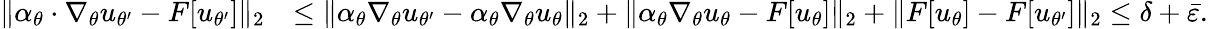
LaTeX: \begin{array}{rl}{\| \alpha_{\theta}\cdot\nabla_{\theta}u_{\theta^{\prime}}-F[u_{\theta^{\prime}}]\| _{2}}&{\leq\| \alpha_{\theta}\nabla_{\theta}u_{\theta^{\prime}}-\alpha_{\theta}\nabla_{\theta}u_{\theta}\| _{2}+\| \alpha_{\theta}\nabla_{\theta}u_{\theta}-F[u_{\theta}]\| _{2}+\| F[u_{\theta}]-F[u_{\theta^{\prime}}]\| _{2}\leq\delta+\bar{\varepsilon}.}\end{array}